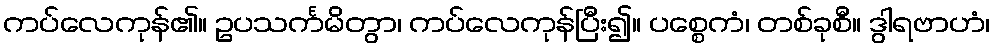
ကပ်လေကုန်၏။ ဥပသင်္ကမိတွာ၊ ကပ်လေကုန်ပြီး၍။ ပစ္စေကံ၊ တစ်ခုစီ။ ဒွါရဗာဟံ၊